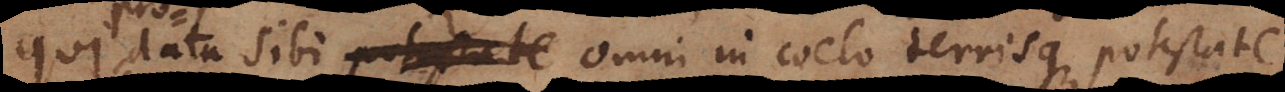
qui data sibi omni in coelo terrisque potestate